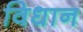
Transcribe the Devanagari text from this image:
विधान